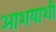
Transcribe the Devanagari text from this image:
आशयाशी